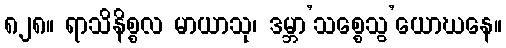
၈၂၈။ ရာသိနိစ္စလ မာယာသု၊ ဒမ္ဘာ’သစ္စေသွ’ယောဃနေ။